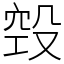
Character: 㲁